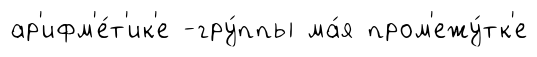
ар'ифм'е́т'ик'е -гру́ппы ма́я пром'ежу́тк'е